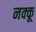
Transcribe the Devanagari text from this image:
नक्कू